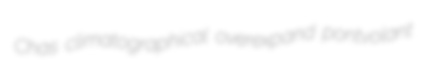
Chas climatographical overexpand pontvolant